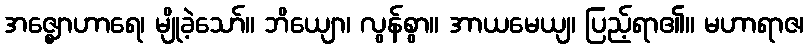
အဇ္ဈောဟာရေ၊ မျိုခဲ့သော်။ ဘိယျော၊ လွန်စွာ။ အာယမေယျ၊ ပြည့်ရာ၏။ မဟာရာဇ၊